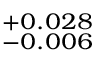
_ { - 0 . 0 0 6 } ^ { + 0 . 0 2 8 }